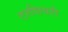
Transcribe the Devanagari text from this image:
टरशियरी